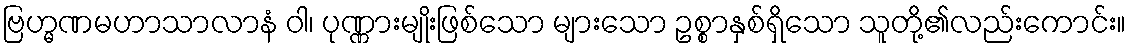
ဗြဟ္မဏမဟာသာလာနံ ဝါ၊ ပုဏ္ဏားမျိုးဖြစ်သော များသော ဥစ္စာနှစ်ရှိသော သူတို့၏လည်းကောင်း။